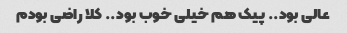
عالی بود.. پیک هم خیلی خوب بود.. کلا راضی بودم